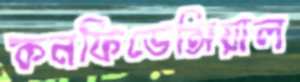
কনফিডেন্সিয়াল